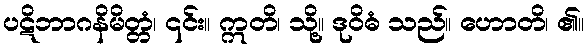
ပဋိဘာဂနိမိတ္တံ၊ ၎င်း။ ဣတိ၊ သို့။ ဒုဝိဓံ သည်။ ဟောတိ၊ ၏။